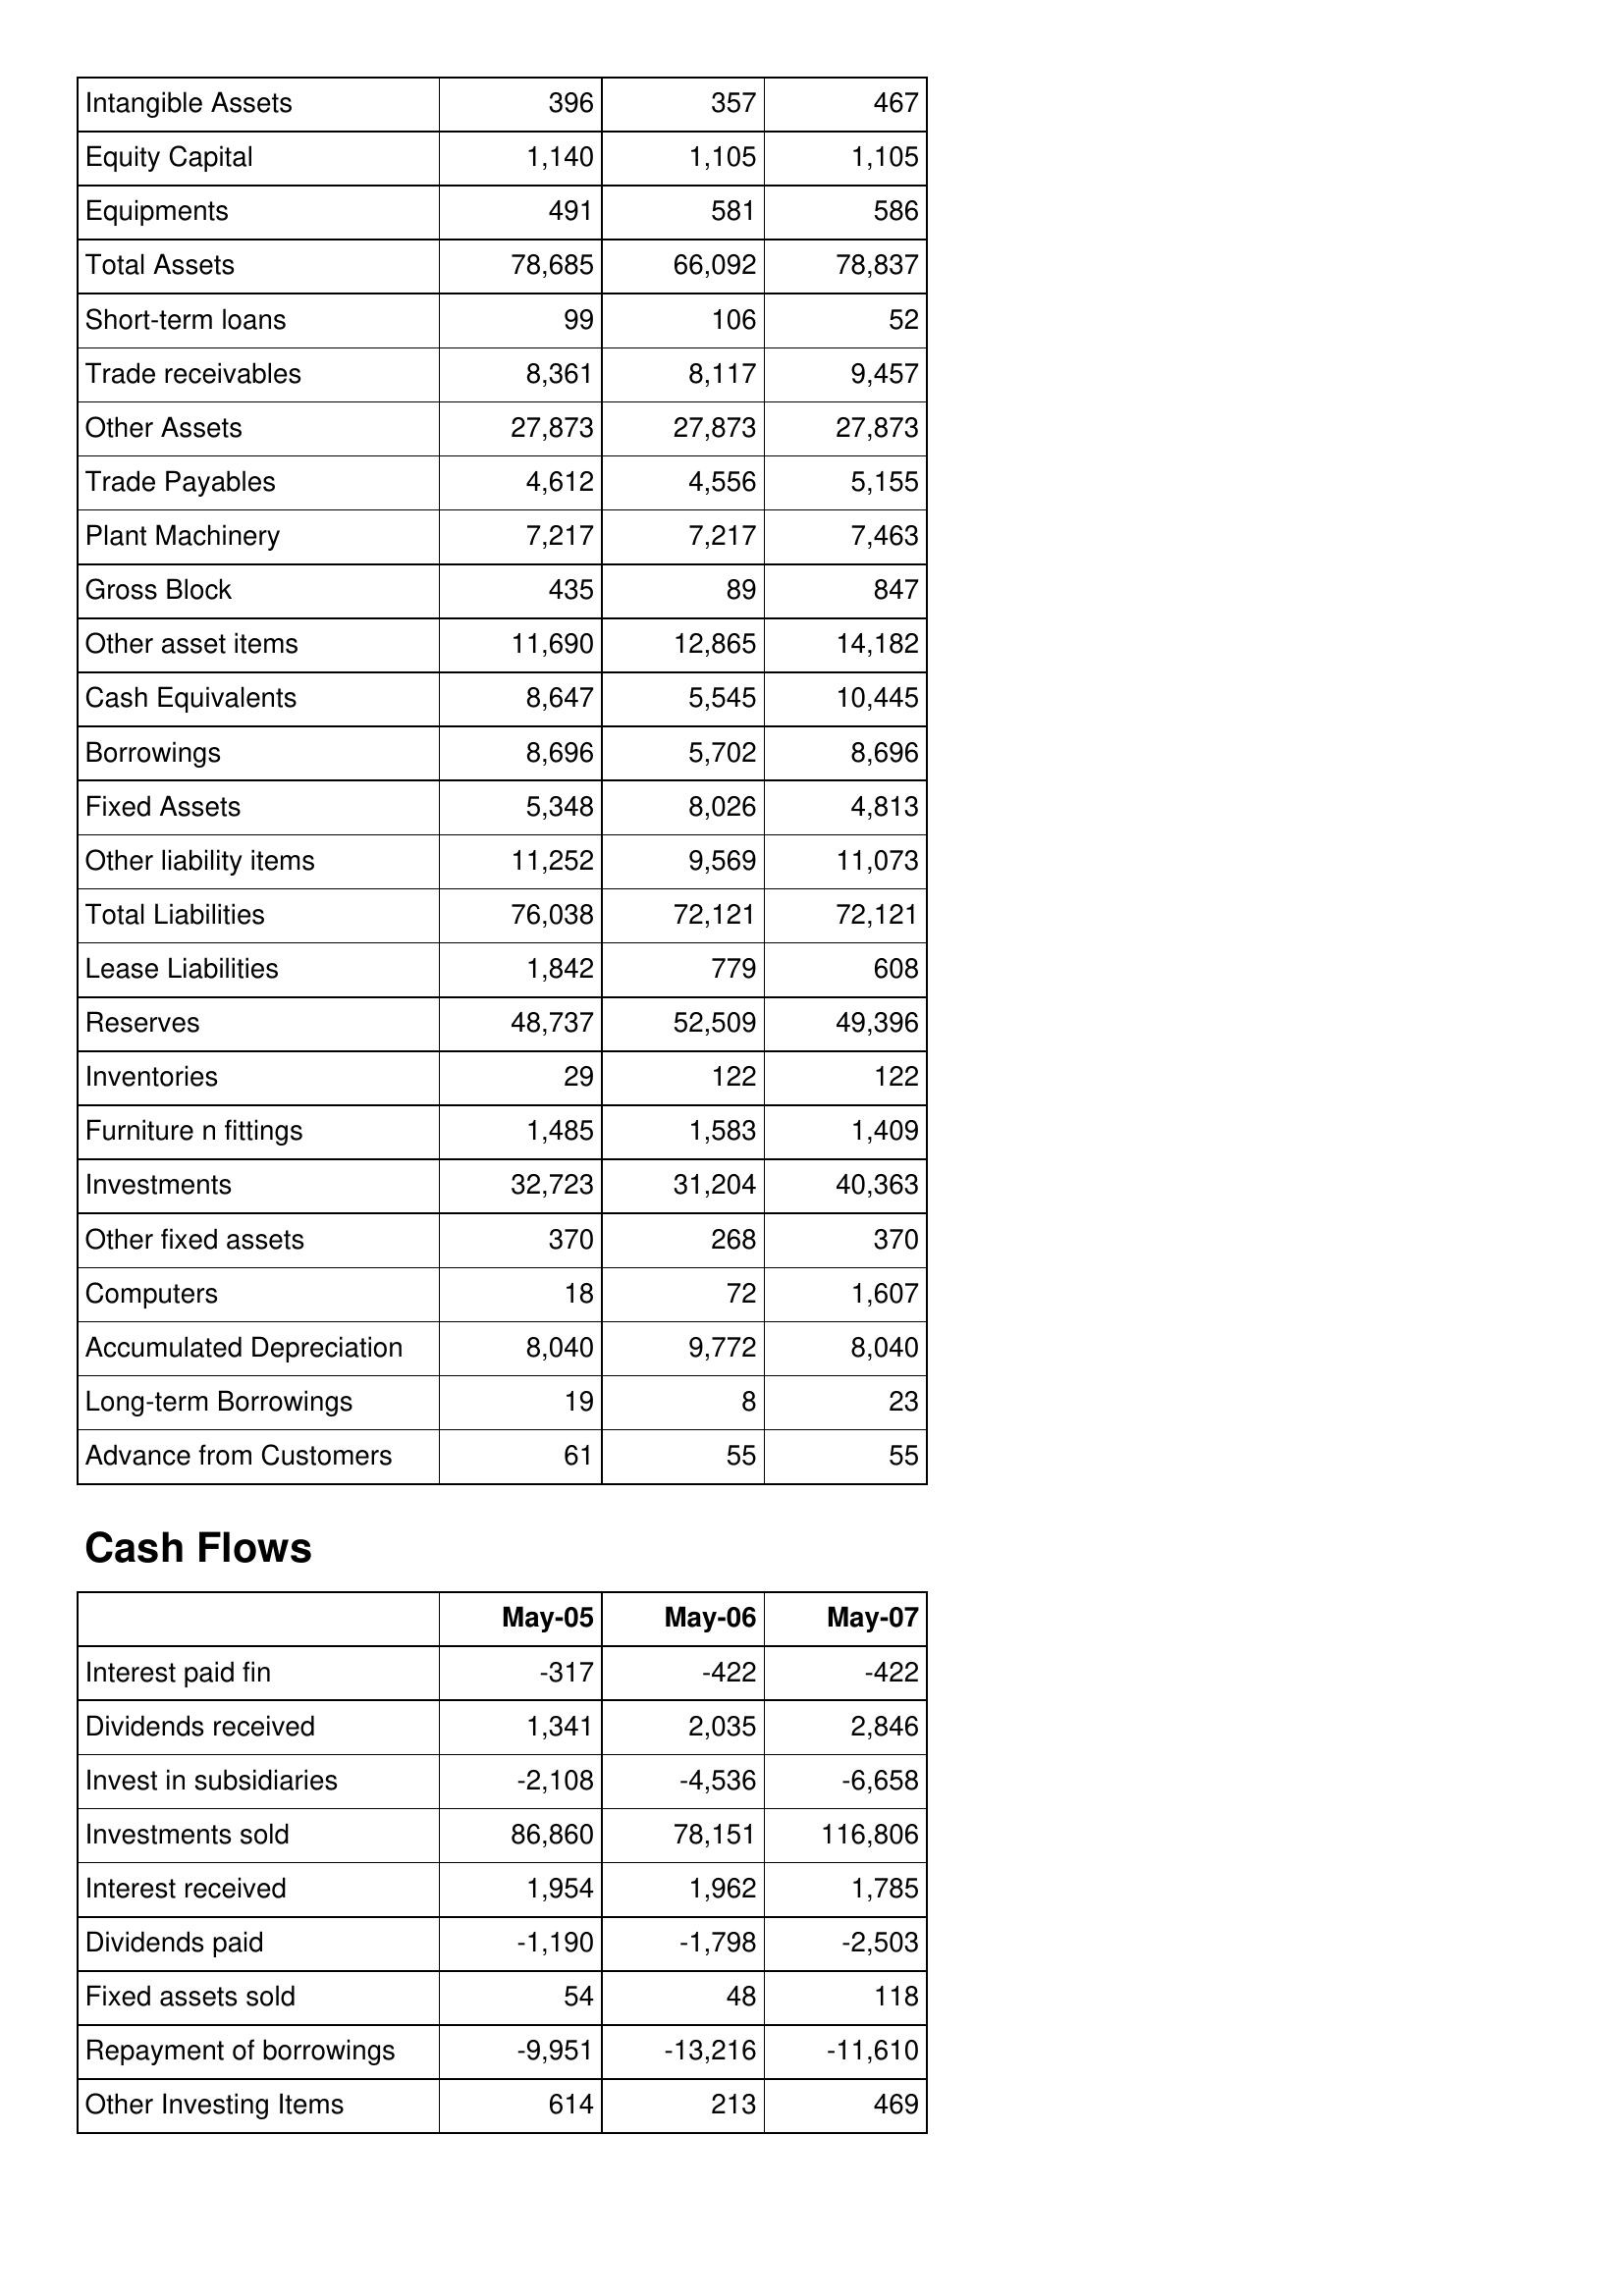
May-05: Balance Sheet: Intangible Assets: 396
Equity Capital: 1,140
Equipments: 491
Total Assets: 78,685
Short-term loans: 99
Trade receivables: 8,361
Other Assets: 27,873
Trade Payables: 4,612
Plant Machinery: 7,217
Gross Block: 435
Other asset items: 11,690
Cash Equivalents: 8,647
Borrowings: 8,696
Fixed Assets: 5,348
Other liability items: 11,252
Total Liabilities: 76,038
Lease Liabilities: 1,842
Reserves: 48,737
Inventories: 29
Furniture n fittings: 1,485
Investments: 32,723
Other fixed assets: 370
Computers: 18
Accumulated Depreciation: 8,040
Long-term Borrowings: 19
Advance from Customers: 61
Cash Flows: Interest paid fin: -317
Dividends received: 1,341
Invest in subsidiaries: -2,108
Investments sold: 86,860
Interest received: 1,954
Dividends paid: -1,190
Fixed assets sold: 54
Repayment of borrowings: -9,951
Other Investing Items: 614
May-06: Balance Sheet: Intangible Assets: 357
Equity Capital: 1,105
Equipments: 581
Total Assets: 66,092
Short-term loans: 106
Trade receivables: 8,117
Other Assets: 27,873
Trade Payables: 4,556
Plant Machinery: 7,217
Gross Block: 89
Other asset items: 12,865
Cash Equivalents: 5,545
Borrowings: 5,702
Fixed Assets: 8,026
Other liability items: 9,569
Total Liabilities: 72,121
Lease Liabilities: 779
Reserves: 52,509
Inventories: 122
Furniture n fittings: 1,583
Investments: 31,204
Other fixed assets: 268
Computers: 72
Accumulated Depreciation: 9,772
Long-term Borrowings: 8
Advance from Customers: 55
Cash Flows: Interest paid fin: -422
Dividends received: 2,035
Invest in subsidiaries: -4,536
Investments sold: 78,151
Interest received: 1,962
Dividends paid: -1,798
Fixed assets sold: 48
Repayment of borrowings: -13,216
Other Investing Items: 213
May-07: Balance Sheet: Intangible Assets: 467
Equity Capital: 1,105
Equipments: 586
Total Assets: 78,837
Short-term loans: 52
Trade receivables: 9,457
Other Assets: 27,873
Trade Payables: 5,155
Plant Machinery: 7,463
Gross Block: 847
Other asset items: 14,182
Cash Equivalents: 10,445
Borrowings: 8,696
Fixed Assets: 4,813
Other liability items: 11,073
Total Liabilities: 72,121
Lease Liabilities: 608
Reserves: 49,396
Inventories: 122
Furniture n fittings: 1,409
Investments: 40,363
Other fixed assets: 370
Computers: 1,607
Accumulated Depreciation: 8,040
Long-term Borrowings: 23
Advance from Customers: 55
Cash Flows: Interest paid fin: -422
Dividends received: 2,846
Invest in subsidiaries: -6,658
Investments sold: 116,806
Interest received: 1,785
Dividends paid: -2,503
Fixed assets sold: 118
Repayment of borrowings: -11,610
Other Investing Items: 469